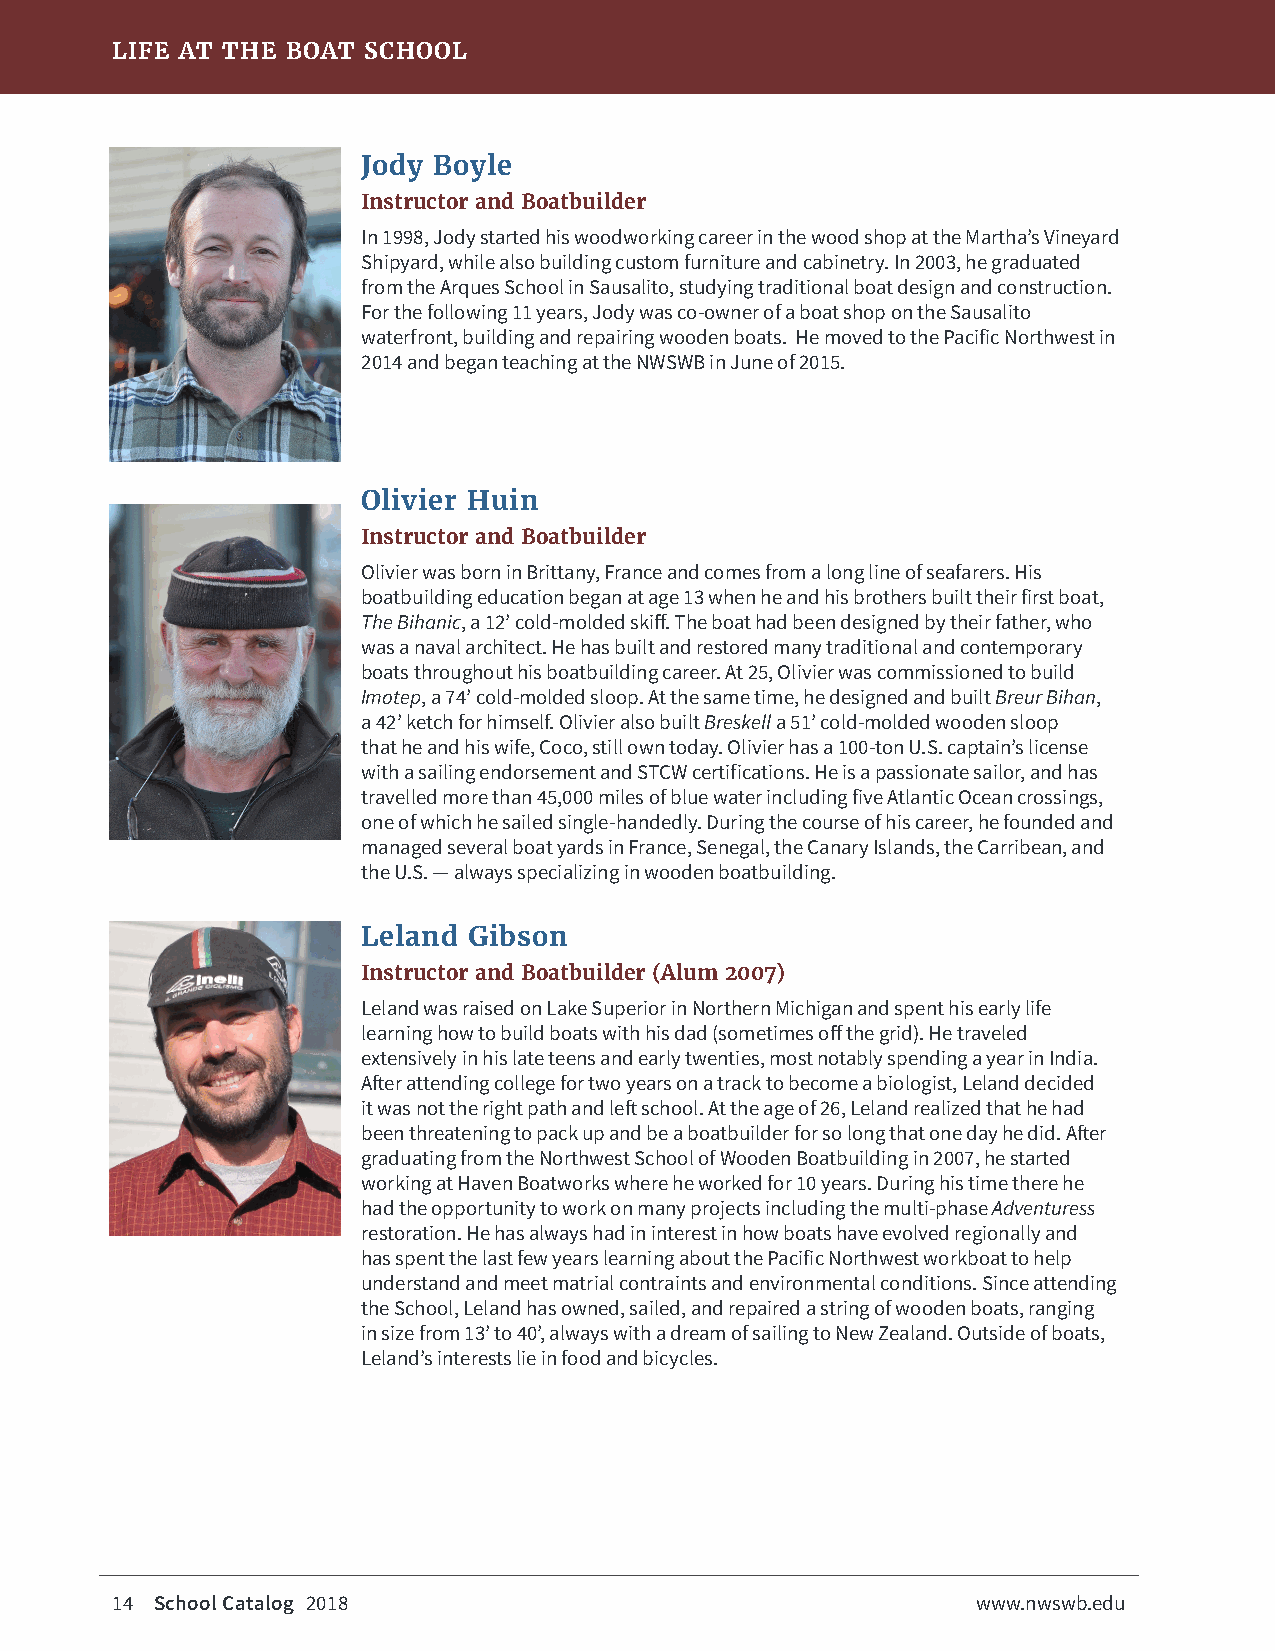
LIFE AT THE BOAT SCHOOL
 Jody Boyle
 Instructor and Boatbuilder
 In 1998, Jody started his woodworking career in the wood shop at the Martha’s Vineyard
 Shipyard, while also building custom furniture and cabinetry. In 2003, he graduated
 from the Arques School in Sausalito, studying traditional boat design and construction.
 For the following 11 years, Jody was co-owner of a boat shop on the Sausalito
 waterfront, building and repairing wooden boats. He moved to the Pacific Northwest in
 2014 and began teaching at the NWSWB in June of 2015.
 Olivier Huin
 Instructor and Boatbuilder
 Olivier was born in Brittany, France and comes from a long line of seafarers. His
 boatbuilding education began at age 13 when he and his brothers built their first boat,
 The Bihanic, a 12’ cold-molded skiff. The boat had been designed by their father, who
 was a naval architect. He has built and restored many traditional and contemporary
 boats throughout his boatbuilding career. At 25, Olivier was commissioned to build
 Imotep, a 74’ cold-molded sloop. At the same time, he designed and built Breur Bihan,
 a 42’ ketch for himself. Olivier also built Breskell a 51’ cold-molded wooden sloop
 that he and his wife, Coco, still own today. Olivier has a 100-ton U.S. captain’s license
 with a sailing endorsement and STCW certifications. He is a passionate sailor, and has
 travelled more than 45,000 miles of blue water including five Atlantic Ocean crossings,
 one of which he sailed single-handedly. During the course of his career, he founded and
 managed several boat yards in France, Senegal, the Canary Islands, the Carribean, and
 the U.S. — always specializing in wooden boatbuilding.
 Leland Gibson
 Instructor and Boatbuilder (Alum 2007)
 Leland was raised on Lake Superior in Northern Michigan and spent his early life
 learning how to build boats with his dad (sometimes off the grid). He traveled
 extensively in his late teens and early twenties, most notably spending a year in India.
 After attending college for two years on a track to become a biologist, Leland decided
 it was not the right path and left school. At the age of 26, Leland realized that he had
 been threatening to pack up and be a boatbuilder for so long that one day he did. After
 graduating from the Northwest School of Wooden Boatbuilding in 2007, he started
 working at Haven Boatworks where he worked for 10 years. During his time there he
 had the opportunity to work on many projects including the multi-phase Adventuress
 restoration. He has always had in interest in how boats have evolved regionally and
 has spent the last few years learning about the Pacific Northwest workboat to help
 understand and meet matrial contraints and environmental conditions. Since attending
 the School, Leland has owned, sailed, and repaired a string of wooden boats, ranging
 in size from 13’ to 40’, always with a dream of sailing to New Zealand. Outside of boats,
 Leland’s interests lie in food and bicycles.
 14 School Catalog 2018                                    www.nwswb.edu